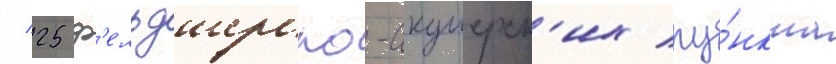
/ 25 ф'ельдшерско-акушерск'их пу́нкта